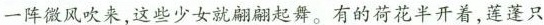
一阵微风吹来，这些少女就翩翩起舞。有的荷花半开着，莲蓬只